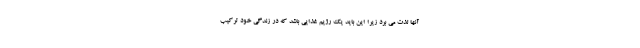
آنها لذت می برد زیرا این باید یک رژیم غذایی باشد که در زندگی خود ترکیب